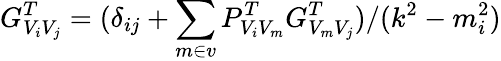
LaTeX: G_{V_{i}V_{j}}^{T}=(\delta_{ij}+\sum_{m\in v}P_{V_{i}V_{m}}^{T}G_{V_{m}V_{j}}^{T})/(k^{2}-m_{i}^{2})